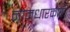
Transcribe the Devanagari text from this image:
नामधारकासी